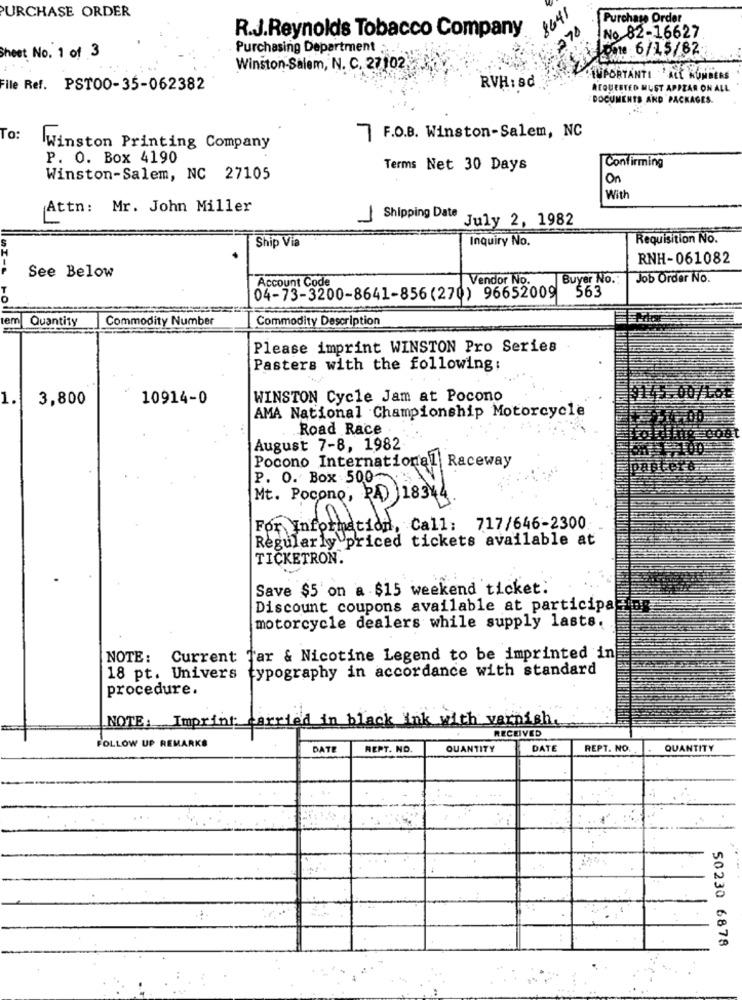
PURCHASE ORDER
1641
urchase Order
R.J.Reynolds Tobacco Company
270
No 82-16627
Sheet No. 1 of 3
Purchasing Department ..
pate 6/15/82
Winston-Salem, N. C. 27102.3.
IMPORTANTI 'ALL RUNBERS
File Ref. PST00-35-062382
RVH : ad
REQUESTED MUST APPEAR ON ALL
DOCUMENTS AND PACKAGES.
To:
7 F.O.B. Winston-Salem, NC
Winston Printing Company
P. O. Box 4190
Terms Net 30 Days
Confirming
Winston-Salem, NC 27105
On
With
Attn: Mr. John Miller
Shipping Date
July 2, 1982
Ship Via
Inquiry No.
Requisition No.
RNH-061082
See Below
Account Code
Vendor No.
Buyer No .:
Job Order No.
$63
04-73-3200-8641-856(270) 96652009
tem Quantity
Commodity Number
Commodity Description
Please imprint WINSTON Pro Series
Pasters with the following:
1.
3,800
10914-0
WINSTON Cycle Jam at Pocono
45.00/LOE
AMA National Championship Motorcycle
Road Race
August 7-8, 1982
Pocono International Raceway
P. O. Box 500-
Mt. Pocono, PA) )18344.
For Information, Call: 717/646-2300
Regularly priced tickets available at
TICKETRON.
Save $5 on a $15 weekend ticket:
Discount coupons available at participa
motorcycle dealers while supply lasts.
NOTE: Current far & Nicotine Legend to be imprinted in
18 pt. Univers typography in accordance with standard
procedure.
NOTE: Imprint carried in b
with _varnish
RECEIVED
FOLLOW UP REMARKS
DATE
REPT. NO.
QUANTITY
DATE
REPT. NO.
QUANTITY
:
50230 6878